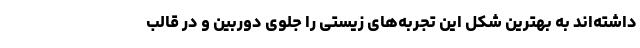
داشته‌اند به بهترین شکل این تجربه‌های زیستی را جلوی دوربین و در قالب